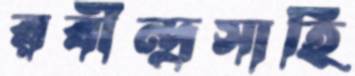
রবীন্দ্রসাহি